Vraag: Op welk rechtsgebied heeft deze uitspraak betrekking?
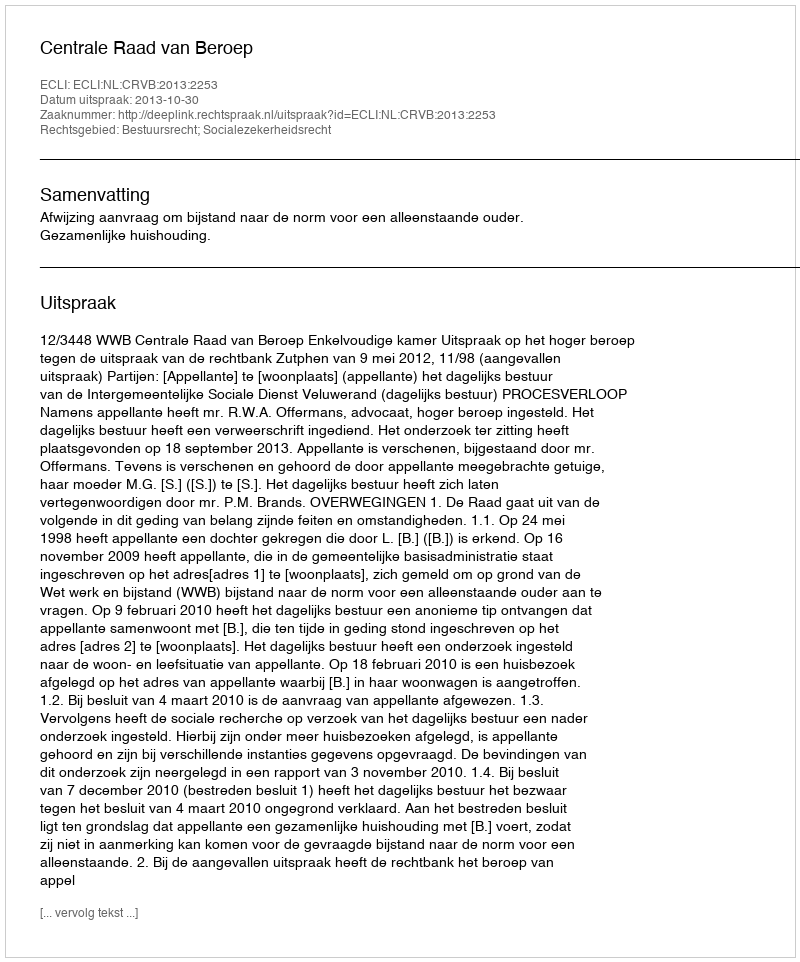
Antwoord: Bestuursrecht; Socialezekerheidsrecht